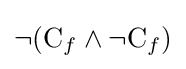
\neg ({\mathrm {C} _{f}}\land \neg {\mathrm {C} _{f}})